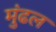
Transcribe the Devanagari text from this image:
मुंढल